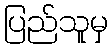
ပြည်သူမှ